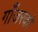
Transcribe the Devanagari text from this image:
गाँजरको